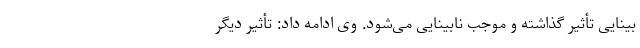
بینایی تأثیر گذاشته و موجب نابینایی می‌شود. وی ادامه داد: تأثیر دیگر